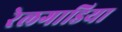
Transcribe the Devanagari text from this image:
रेलगाडिया